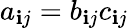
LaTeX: a_{\mathbf{i}j}=b_{\mathbf{i}j}c_{\mathbf{i}j}